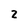
Character: 2